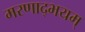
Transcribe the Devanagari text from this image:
मरणाद्भयम्